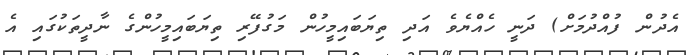
އެދުން ފުއްދުމަށް) ދަނީ ހެއްޔެވެ އަދި ތިޔަބައިމީހުން މަގުފޭރި ތިޔަބައިމީހުންގެ ނާދީތަކުގައި އެ